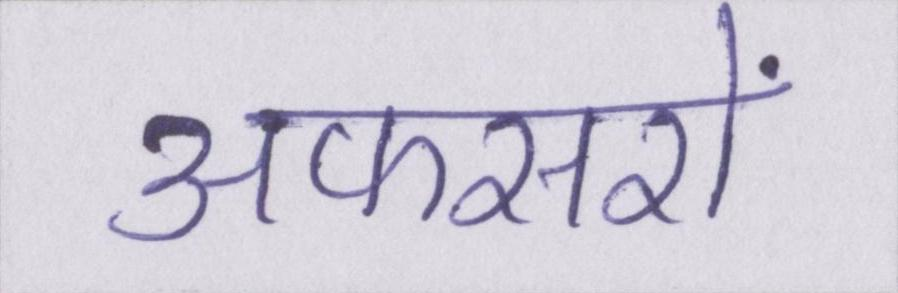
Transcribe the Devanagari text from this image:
अफसरों